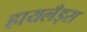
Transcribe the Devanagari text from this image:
हायलँड्स